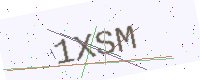
Text: 1XSM